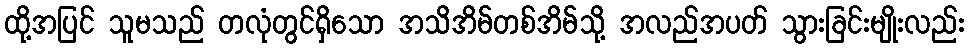
ထို့အပြင် သူမသည် တလုံတွင်ရှိသော အသိအိမ်တစ်အိမ်သို့ အလည်အပတ် သွားခြင်းမျိုးလည်း